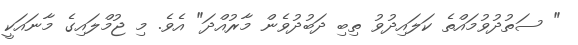
" ސަތުދުވުމައްތެ ކަލައިދުވު ތިބި ދަބުދުވެން މާރުއްދަ" އެވެ. މި ޖުމްލައިގެ މާނައަކީ